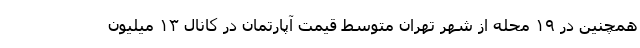
همچنین در ۱۹ محله از شهر تهران متوسط قیمت آپارتمان در کانال ۱۳ میلیون